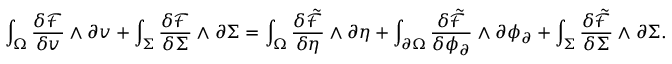
\int _ { \Omega } \frac { \delta \mathcal { F } } { \delta v } \wedge \partial v + \int _ { \Sigma } \frac { \delta \mathcal { F } } { \delta \Sigma } \wedge \partial \Sigma = \int _ { \Omega } \frac { \delta \tilde { \mathcal { F } } } { \delta \eta } \wedge \partial \eta + \int _ { \partial \Omega } \frac { \delta \tilde { \mathcal { F } } } { \delta \phi _ { \partial } } \wedge \partial \phi _ { \partial } + \int _ { \Sigma } \frac { \delta \tilde { \mathcal { F } } } { \delta \Sigma } \wedge \partial \Sigma .